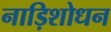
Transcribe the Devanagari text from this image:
नाड़िशोधन